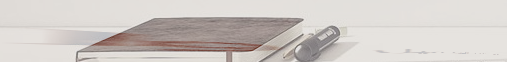
محل بيع منتجات التجميل وا